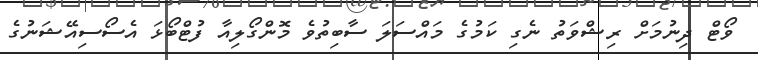
ވޯޓް ދިނުމަށް ރިޝްވަތު ނެގި ކަމުގެ މައްސަލަ ސާބިތުވެ މޮންގޯލިއާ ފުޓްބޯޅަ އެސޯސިއޭޝަނުގެ